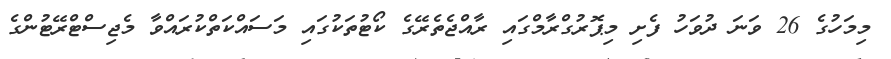
މިމަހުގެ 26 ވަނަ ދުވަހު ފެށި މިޕޮރުގްރާމްގައި ރާއްޖެތެރޭގެ ކޯޓުތަކުގައި މަސައްކަތްކުރައްވާ މެޖިސްޓްރޭޓުންގެ